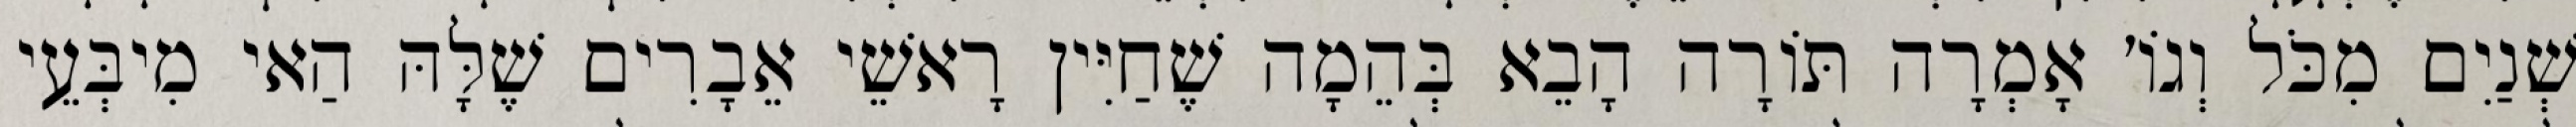
שְׁנַיִם מִכֹּל וְגוֹ׳ אָמְרָה תּוֹרָה הָבֵא בְּהֵמָה שֶׁחַיִּין רָאשֵׁי אֵבָרִים שֶׁלָּהּ הַאי מִיבְּעֵי